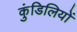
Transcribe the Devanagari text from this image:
कुंडिलियों